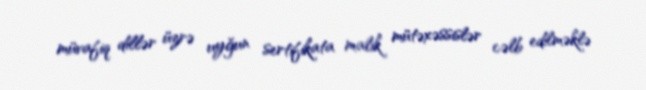
müvafiq dillər üzrə uyğun sertifikata malik mütəxəssislər cəlb edilməklə